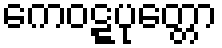
ကေဝဋ္ဋပုတ္တော